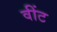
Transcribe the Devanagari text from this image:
वींट